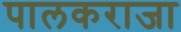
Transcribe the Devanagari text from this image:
पालकराजा